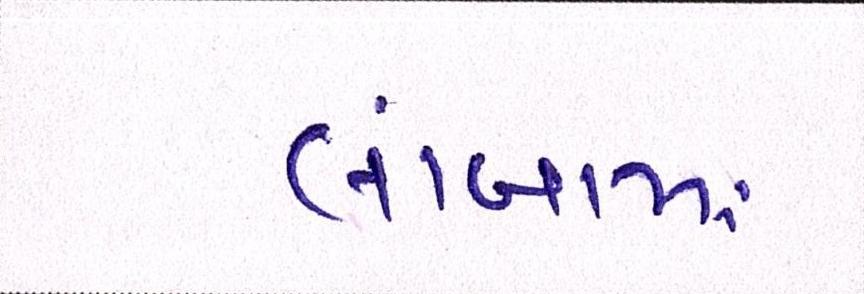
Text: લાંબામાં